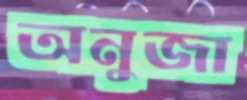
অনুজা